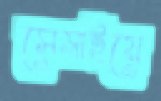
সেমাইয়ে